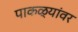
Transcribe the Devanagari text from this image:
पाकळ्यांवर